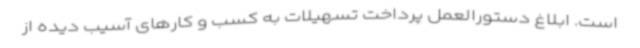
است. ابلاغ دستورالعمل پرداخت تسهیلات به کسب و کارهای آسیب دیده از